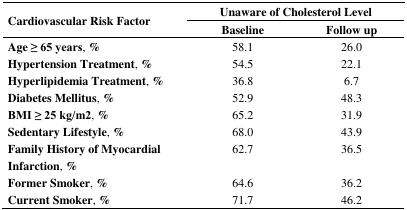
| <ROWSPAN=2> Cardiovascular Risk Factor | <COLSPAN=2> Unaware of Cholesterol Level |
 | Baseline | Follow up |
 | --- | --- | --- |
 | Age ≥ 65 years, % | 58.1 | 26.0 |
 | Hypertension Treatment, % | 54.5 | 22.1 |
 | Hyperlipidemia Treatment, % | 36.8 | 6.7 |
 | Diabetes Mellitus, % | 52.9 | 48.3 |
 | BMI ≥ 25 kg/m2, % | 65.2 | 31.9 |
 | Sedentary Lifestyle, % | 68.0 | 43.9 |
 | Family History of Myocardial Infarction, % | 62.7 | 36.5 |
 | Former Smoker, % | 64.6 | 36.2 |
 | Current Smoker, % | 71.7 | 46.2 |